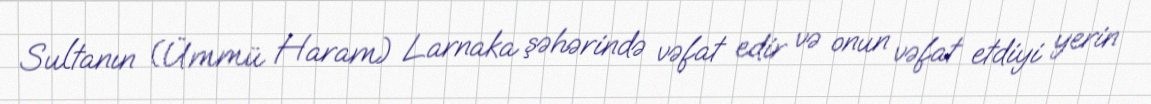
Sultanın (Ümmü Haram) Larnaka şəhərində vəfat edir və onun vəfat etdiyi yerin